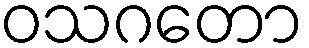
ဝသဂတော